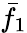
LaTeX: {\bar{f}}_{1}